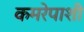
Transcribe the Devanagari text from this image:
कमरेपाशी